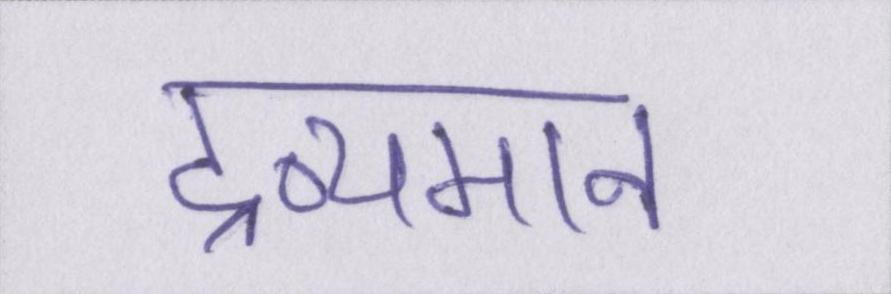
द्रव्यमान